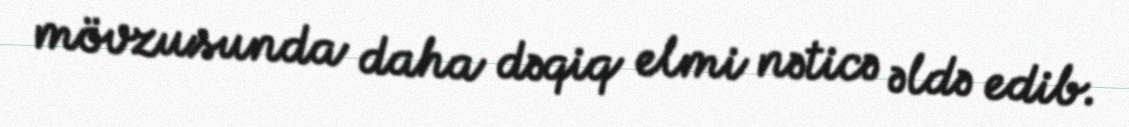
mövzusunda daha dəqiq elmi nəticə əldə edib.